Lunatic asylums United Provinces 1909-1921 - 1909-1921
Year: 1909
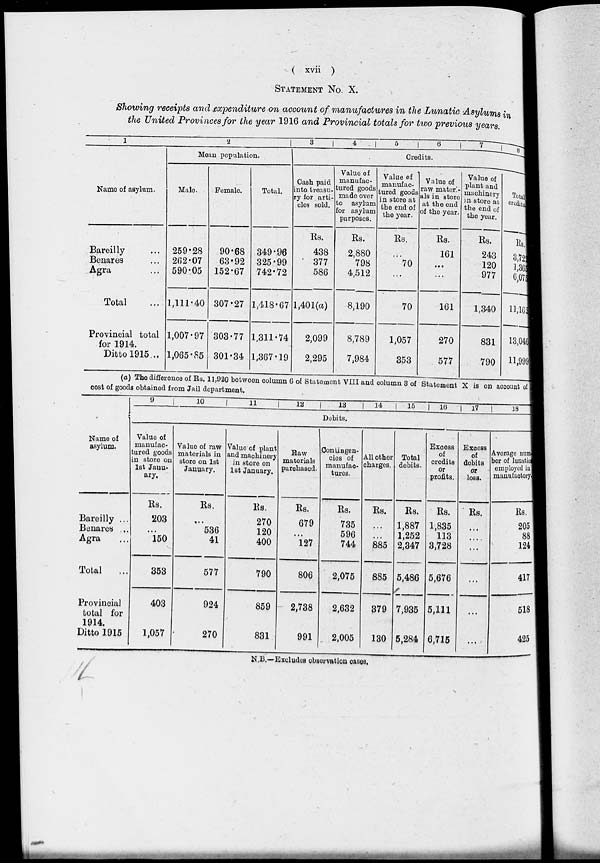
( xvii )
STATEMENT No. X.
Showing receipts and expenditure on account of manufactures in the Lunatic Asylums in
the United Provinces for the year 1916 and Provincial totals for two previous years.
1
Name of asylum.
Bareilly ...
Benares ...
Agra ...
Total ...
Provincial total
for 1914.
Ditto 1915...
2
Mean population.
Male.
259.28
262.07
590.05
1,111.40
1,007.97
1,065.85
Female.
90.68
63.92
152.67
307.27
303.77
301.34
Total.
349.96
325.99
742.72
1,418.67
1,311.74
1,367.19
3
4
5
6
7
Credits.
Cash paid
into treasu-
ry for arti-
cles sold.
Rs.
438
377
586
l,401(a)
2,099
2,295
Value of
manufac-
tured goods
made over
to
asylum
for asylum
purposes.
Rs.
2,880
798
4,512
8,190
8,789
7,984
Value of
manufac-
tured goods
in store at
the end of
the year.
Rs.
...
70
...
70
1,057
353
Value of
raw materi-
als in store
at the end
of the year.
Rs.
161
...
...
161
270
577
Value of
plant and
machinery
in store at
the end of
the year.
Rs.
243
120
977
1,340
831
790
8
Total
credits.
Rs.
3,729
1,361
6,075
11,162
13,046
11,999
(a) The difference of Rs. 11,920 between column 6 of Statement VIII and column 3 of Statement X is on account of
cost of goods obtained from Jail department.
Name of
asylum.
Bareilly ...
Benares ...
Agra ...
Total ...
Provincial
total for
1914.
Ditto 1915
9
10
11
12
13
14
15
16
17
18
Debits.
Value of
manufac-
tured goods
in store on
1st Janu-
ary.
Rs.
203
...
150
353
403
1,057
Value of raw
materials in
store on 1st
January.
Rs.
...
536
41
577
924
270
Value of plant
and machinery
in store on
1st January.
Rs.
270
120
400
790
859
831
Raw
materials
purchased.
Rs.
679
...
127
806
2,738
991
Contingen-
cies of
manufac-
tures.
Rs.
735
596
744
2,075
2,632
2,005
All other
charges.
Rs.
...
...
885
885
379
130
Total
debits.
Rs.
1,887
1,252
2,347
5,486
7,935
5,284
Excess
of
credits
or
profits.
Rs.
1,835
113
3,728
5,676
5,111
6,715
Excess
of
debits
or
loss.
Rs.
...
...
...
...
...
...
Average num
ber of lunatic
employed in
manufactory
Rs.
205
88
124
417
518
425
N.B.—Excludes observation cases.